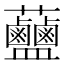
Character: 𧆗